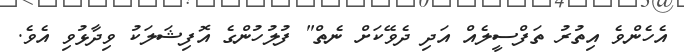
އެހެންވެ އިތުރު ތަފްސީލެއް އަދި ދެވޭކަށް ނެތް" ފުލުހުންގެ އޮފިޝަލަކު ވިދާޅުވި އެވެ.